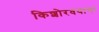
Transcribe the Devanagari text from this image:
किशोरवयाचा